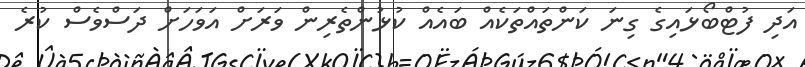
އަދި ފުޓްބޯޅައިގެ ގިނަ ކަންތައްތަކެއް ބައެއް ކުޅުންތެރިން ވަރަށް އަވަހަށް ދަސްވެސް ކުރެ